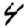
Digit: 4